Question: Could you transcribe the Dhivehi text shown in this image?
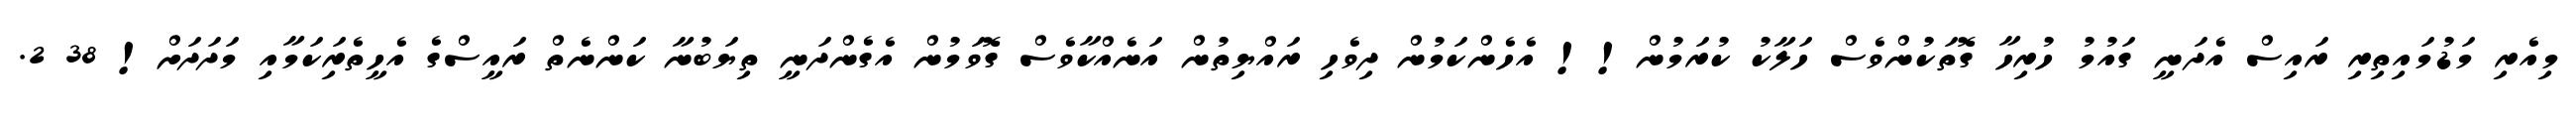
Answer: މިއެރި މަޑުމައިތިރި ރައިސް އެދަނީ ގައުމު ހުރިހާ ގޮތަކުންވެސް ހަލާކު ކުރަމުން!! އެހެންކަމުން ދިވެހި ރައްޔިތުން އަނެއްކާވެސް ގޮވަމުން އެގެންދަނީ ތިޔަބުނާ ކަންނެތް ރައީސްގެ އެހީތެރިަކަމާއި މަދަދަށް! 38 2.